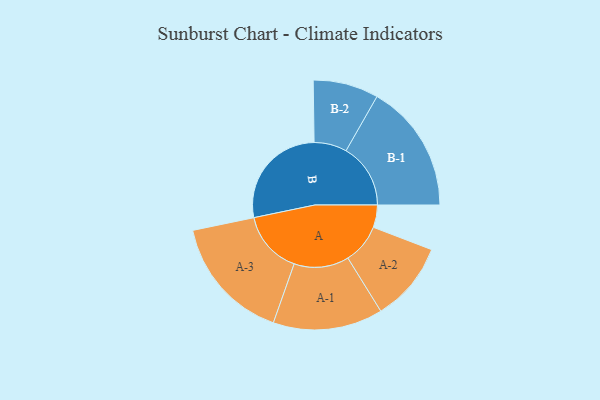
{"axis": {"x": "Segment", "y": "Value"}, "legend": ["", "A", "B"], "data": [{"x": "A", "y": 100, "type": ""}, {"x": "B", "y": 482, "type": ""}, {"x": "A-1", "y": 245, "type": "A"}, {"x": "A-2", "y": 178, "type": "A"}, {"x": "A-3", "y": 281, "type": "A"}, {"x": "B-1", "y": 288, "type": "B"}, {"x": "B-2", "y": 146, "type": "B"}]}